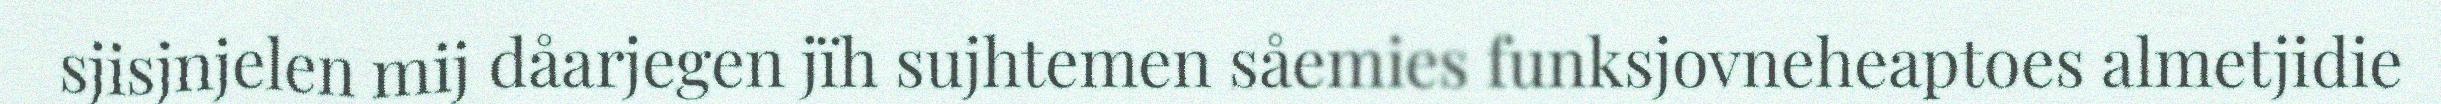
sjisjnjelen mij dåarjegen jïh sujhtemen såemies funksjovneheaptoes almetjidie